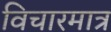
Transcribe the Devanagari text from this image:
विचारमात्र